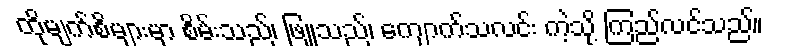
ထိုမျက်စိများမှာ စိမ်းသည်၊ ဖြူသည်၊ ကျောက်သလင်း ကဲ့သို့ ကြည်လင်သည်။